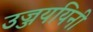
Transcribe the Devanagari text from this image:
उज्जययिनी